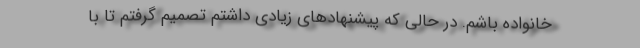
خانواده باشم. در حالی که پیشنهادهای زیادی داشتم تصمیم گرفتم تا با